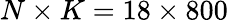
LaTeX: N\times K=18\times 800